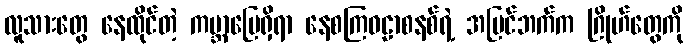
လူသားတွေ နေထိုင်တဲ့ ကမ္ဘာမြေရှိရာ နေစကြဝဠာစနစ်ရဲ့ အပြင်ဘက်က ဂြိုဟ်တွေကို